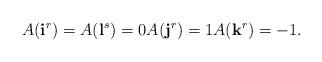
LaTeX: \begin{align*} A({\mathbf i}^r)=A({\mathbf l}^s)=0 A({\mathbf j}^r)=1 A({\mathbf k}^r)=-1. \end{align*}